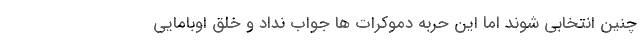
چنین انتخابی شوند اما این حربه دموکرات ها جواب نداد و خلق اوبامایی